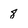
Character: 8